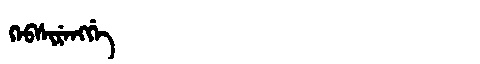
Manchu: ᡴᡝᠪᠰᡳᡵᡝᠩᡤᡝ
Romanization: KEBSIRENGGE